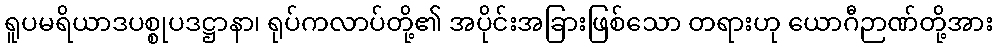
ရူပမရိယာဒပစ္စုပဒဋ္ဌာနာ၊ ရုပ်ကလာပ်တို့၏ အပိုင်းအခြားဖြစ်သော တရားဟု ယောဂီဉာဏ်တို့အား